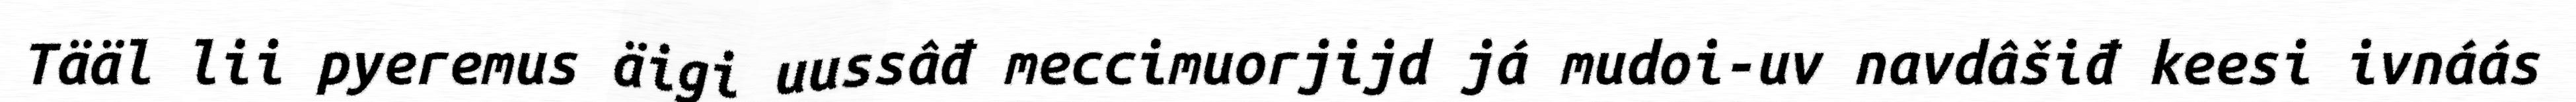
Tääl lii pyeremus äigi uussâđ meccimuorjijd já mudoi-uv navdâšiđ keesi ivnáás